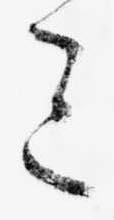
ミ